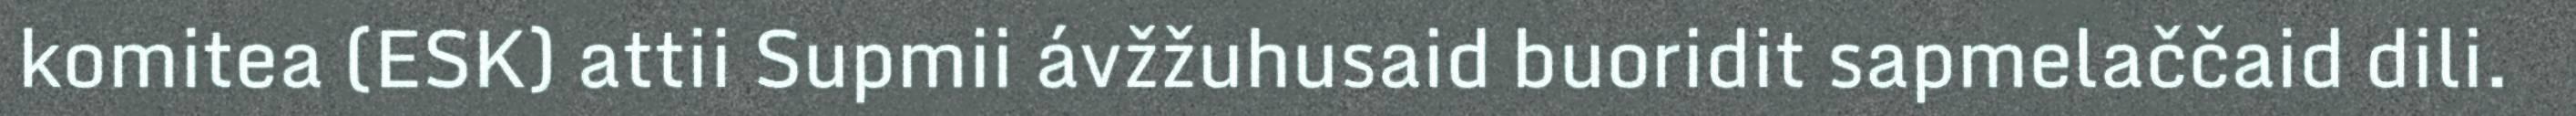
komitea (ESK) attii Supmii ávžžuhusaid buoridit sapmelaččaid dili.